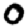
Digit: 0